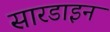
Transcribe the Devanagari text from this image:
सारडाइन